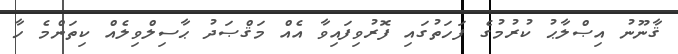
ޤާނޫނު އިޞްލާޙު ކުރުމުގެ ފަހަތުގައި ފޮރުވިފައިވާ އެއް މަޤްޞަދު ޙާސިލްވިލެއް ކިތަންމެ ހާ